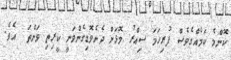
ކޮންމެ ކަމެއްގެވެސް ފުރިހަމަ ސިއްރު މޮޅަށް ދެނެވޮޑިގެންވަނީ ކީރިތި ވަންތަ  އެވެ.